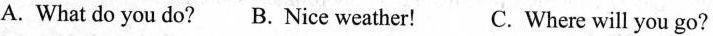
A. What do you do？ B. Nice weather！C. Where will you go？